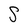
Character: S